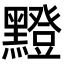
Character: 𪒘